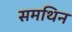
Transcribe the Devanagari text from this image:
समथिन